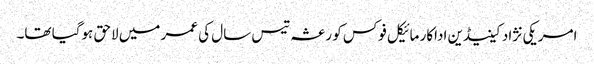
امریکی نژاد کینیڈین اداکار مائیکل فوکس کو رعشہ تیس سال کی عمر میں لاحق ہوگیا تھا۔